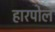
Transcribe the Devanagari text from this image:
हारपोल